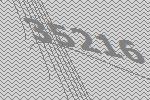
35216